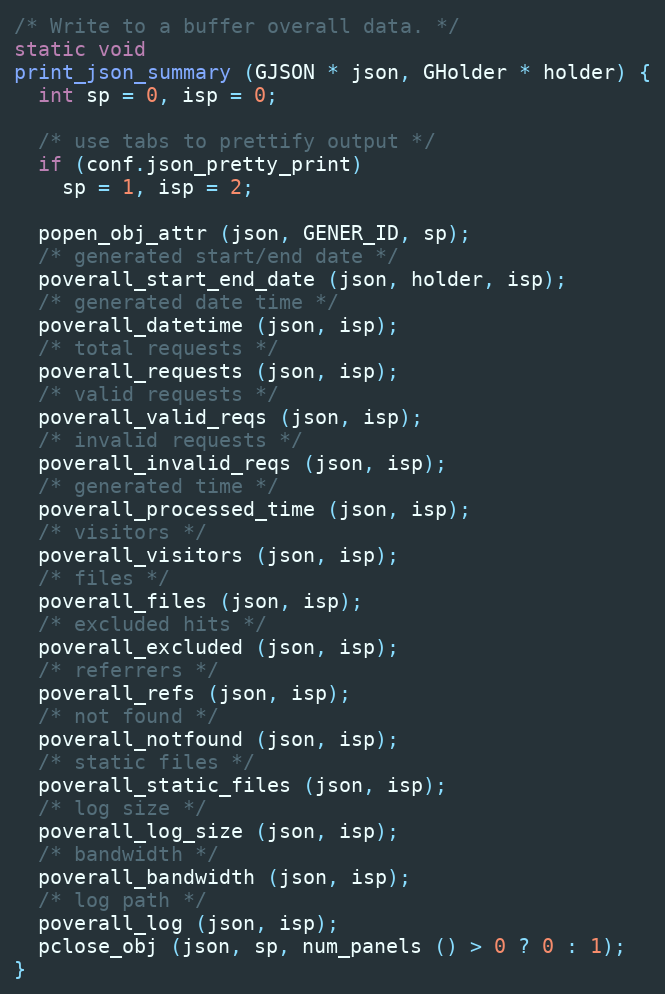
Language: C
/* Write to a buffer overall data. */
static void
print_json_summary (GJSON * json, GHolder * holder) {
  int sp = 0, isp = 0;

  /* use tabs to prettify output */
  if (conf.json_pretty_print)
    sp = 1, isp = 2;

  popen_obj_attr (json, GENER_ID, sp);
  /* generated start/end date */
  poverall_start_end_date (json, holder, isp);
  /* generated date time */
  poverall_datetime (json, isp);
  /* total requests */
  poverall_requests (json, isp);
  /* valid requests */
  poverall_valid_reqs (json, isp);
  /* invalid requests */
  poverall_invalid_reqs (json, isp);
  /* generated time */
  poverall_processed_time (json, isp);
  /* visitors */
  poverall_visitors (json, isp);
  /* files */
  poverall_files (json, isp);
  /* excluded hits */
  poverall_excluded (json, isp);
  /* referrers */
  poverall_refs (json, isp);
  /* not found */
  poverall_notfound (json, isp);
  /* static files */
  poverall_static_files (json, isp);
  /* log size */
  poverall_log_size (json, isp);
  /* bandwidth */
  poverall_bandwidth (json, isp);
  /* log path */
  poverall_log (json, isp);
  pclose_obj (json, sp, num_panels () > 0 ? 0 : 1);
}